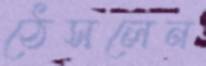
ঠেসলেন